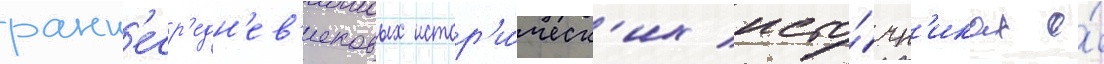
ранн'еср'едн'ев'ековых истор'и́ческ'их исто́чн'иках о́